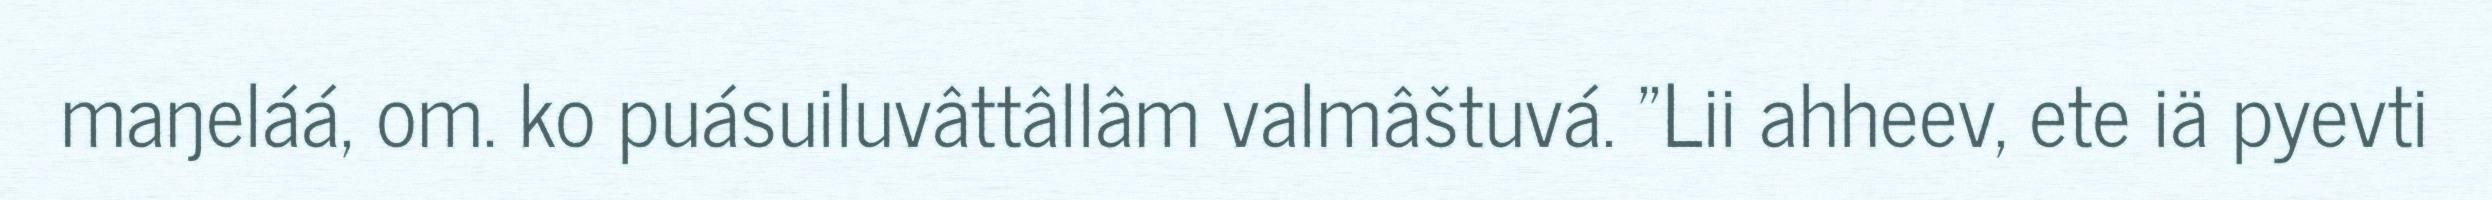
maŋeláá, om. ko puásuiluvâttâllâm valmâštuvá. "Lii ahheev, ete iä pyevti